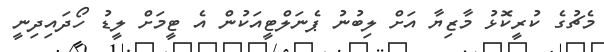
މެޗުގެ ކުރީކޮޅު މާޒިޔާ އަށް ލިބުނު ޕެނަލްޓީއަކުން އެ ޓީމަށް ލީޑު ހޯދައިދިނީ